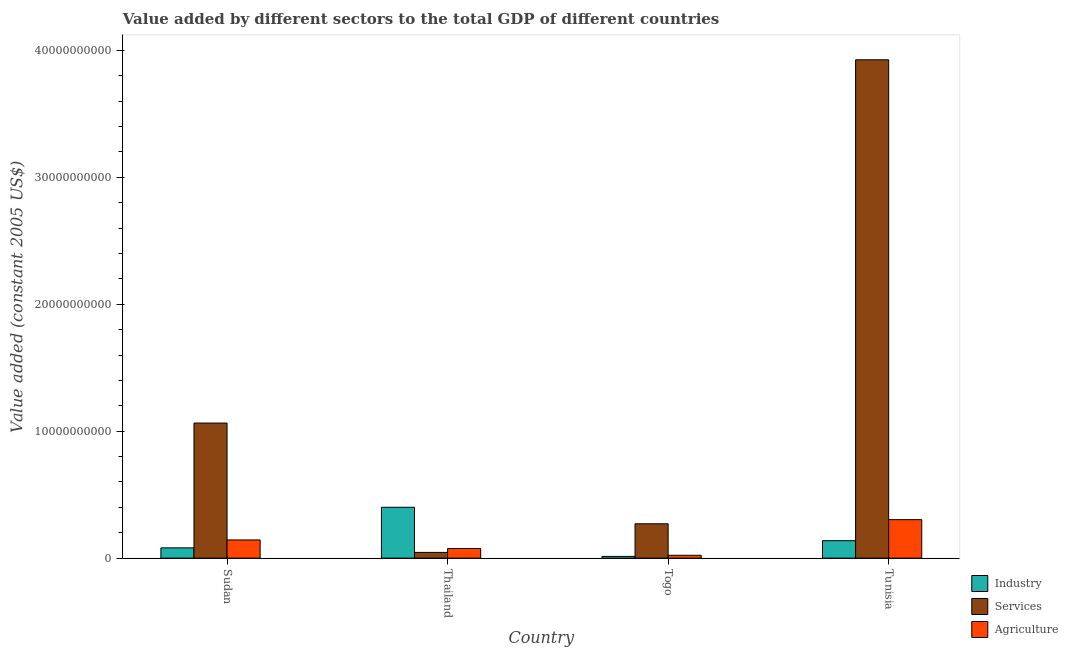
| Country | Industry | Services | Agriculture |
 | --- | --- | --- | --- |
 | Sudan | 8.12e+08 | 1.06e+10 | 1.43e+09 |
 | Thailand | 4.01e+09 | 4.53e+08 | 7.59e+08 |
 | Togo | 1.37e+08 | 2.71e+09 | 2.25e+08 |
 | Tunisia | 1.37e+09 | 3.93e+10 | 3.03e+09 |